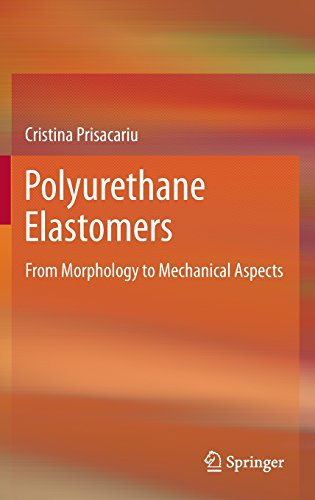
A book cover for Polyurethane Elastomers: From Morphology to Mechanical Aspects; Cristina Prisacariu; Science & Math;